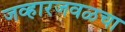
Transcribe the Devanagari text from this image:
जव्हारजवळचा